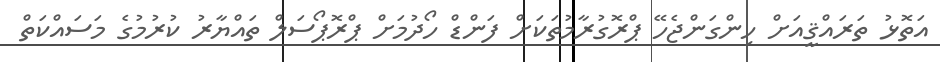
އަތޮޅު ތަރައްޤީއަށް ހިންގަންޖެހޭ ޕްރޮގުރާމުތަކަށް ފަންޑް ހޯދުމަށް ޕްރޮޕޯސަލް ތައްޔާރު ކުރުމުގެ މަސައްކަތް